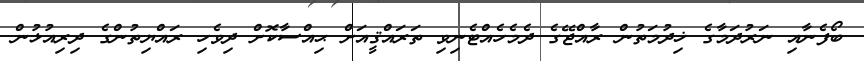
ބޯފެނާއި ނަރުދަމާގެ ޚިދުމަތުން ރާއްޖޭގެ ދެމެހެއްޓެނިވި ތަރައްޤީއަށް ޙިއްސާކޮށް ދިވެހި ރައްޔިތުންގެ ދިރިއުޅުން